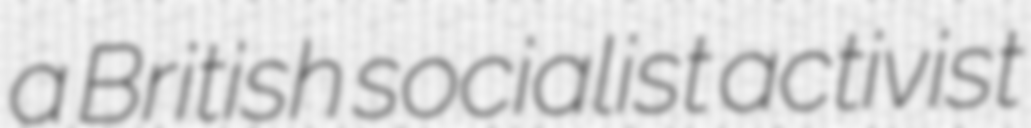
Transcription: a British socialist activist